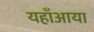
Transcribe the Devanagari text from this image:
यहाँआया